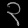
Digit: ၃